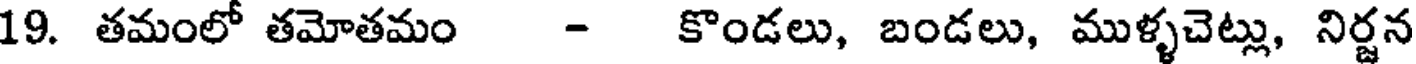
19. తమంలో తమోతమం - కొండలు, బండలు, ముళ్ళచెట్లు, నిర్జన